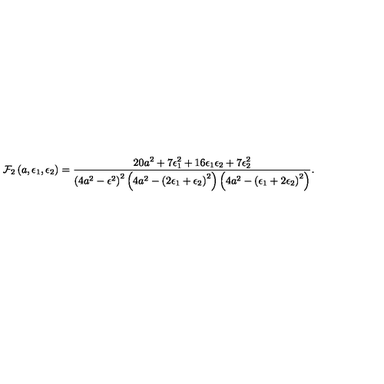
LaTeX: { \cal F } _ { 2 } \left( a , \epsilon _ { 1 } , \epsilon _ { 2 } \right) = \frac { 2 0 a ^ { 2 } + 7 \epsilon _ { 1 } ^ { 2 } + 1 6 \epsilon _ { 1 } \epsilon _ { 2 } + 7 \epsilon _ { 2 } ^ { 2 } } { \left( 4 a ^ { 2 } - \epsilon ^ { 2 } \right) ^ { 2 } \left( 4 a ^ { 2 } - \left( 2 \epsilon _ { 1 } + \epsilon _ { 2 } \right) ^ { 2 } \right) \left( 4 a ^ { 2 } - \left( \epsilon _ { 1 } + 2 \epsilon _ { 2 } \right) ^ { 2 } \right) } .